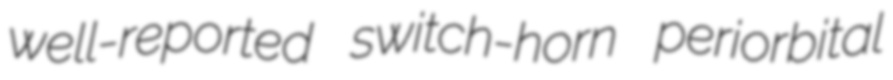
well-reported switch-horn periorbital